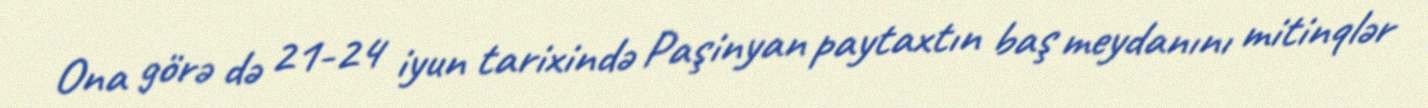
Ona görə də 21-24 iyun tarixində Paşinyan paytaxtın baş meydanını mitinqlər